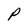
Character: P